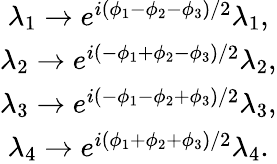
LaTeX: \begin{array}{c}{{\lambda_{1}\rightarrow e^{i(\phi_{1}-\phi_{2}-\phi_{3})/2}\lambda_{1},}}\\ {{\lambda_{2}\rightarrow e^{i(-\phi_{1}+\phi_{2}-\phi_{3})/2}\lambda_{2},}}\\ {{\lambda_{3}\rightarrow e^{i(-\phi_{1}-\phi_{2}+\phi_{3})/2}\lambda_{3},}}\\ {{\lambda_{4}\rightarrow e^{i(\phi_{1}+\phi_{2}+\phi_{3})/2}\lambda_{4}.}}\end{array}